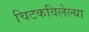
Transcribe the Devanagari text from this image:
चिटकविलेल्या